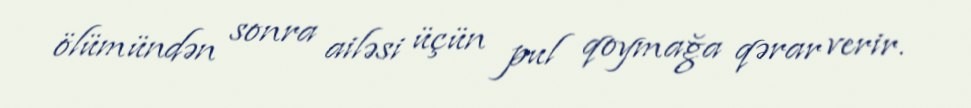
ölümündən sonra ailəsi üçün pul qoymağa qərar verir.